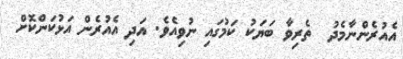
އެއުރެންނާމެދު  ތެރިވާ ބަޔަކު ކަމުގައި ނުވިއެވެ. އަދި އެއުރެން އަޅުކަންކޮށް